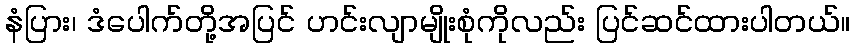
နံပြား၊ ဒံပေါက်တို့အပြင် ဟင်းလျာမျိုးစုံကိုလည်း ပြင်ဆင်ထားပါတယ်။